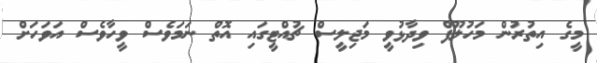
މީގެ އިތުރުން މަހުލޫފް ވިދާޅުވީ މަޖިިލީސް ޗުއްޓީގައި އޮތް ނަމަވެސް ވީހާވެސް އަވަހަށް